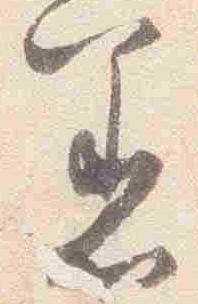
着